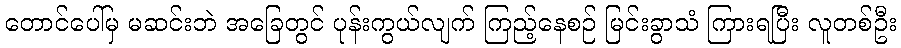
တောင်ပေါ်မှ မဆင်းဘဲ အခြေတွင် ပုန်းကွယ်လျက် ကြည့်နေစဉ် မြင်းခွာသံ ကြားရပြီး လူတစ်ဦး